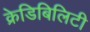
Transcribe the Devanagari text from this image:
क्रेडिबिलिटी